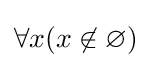
\forall x(x\not \in \varnothing )